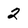
Character: 2